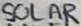
Text: SOLAR